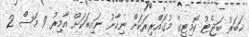
ޚަބަރު ބަޖެޓު ކޮމިޓީގެ މުގައްރިރަކަށް ނިހާނު ނައިބަކަށް އާމިރު 9 މަސް 2